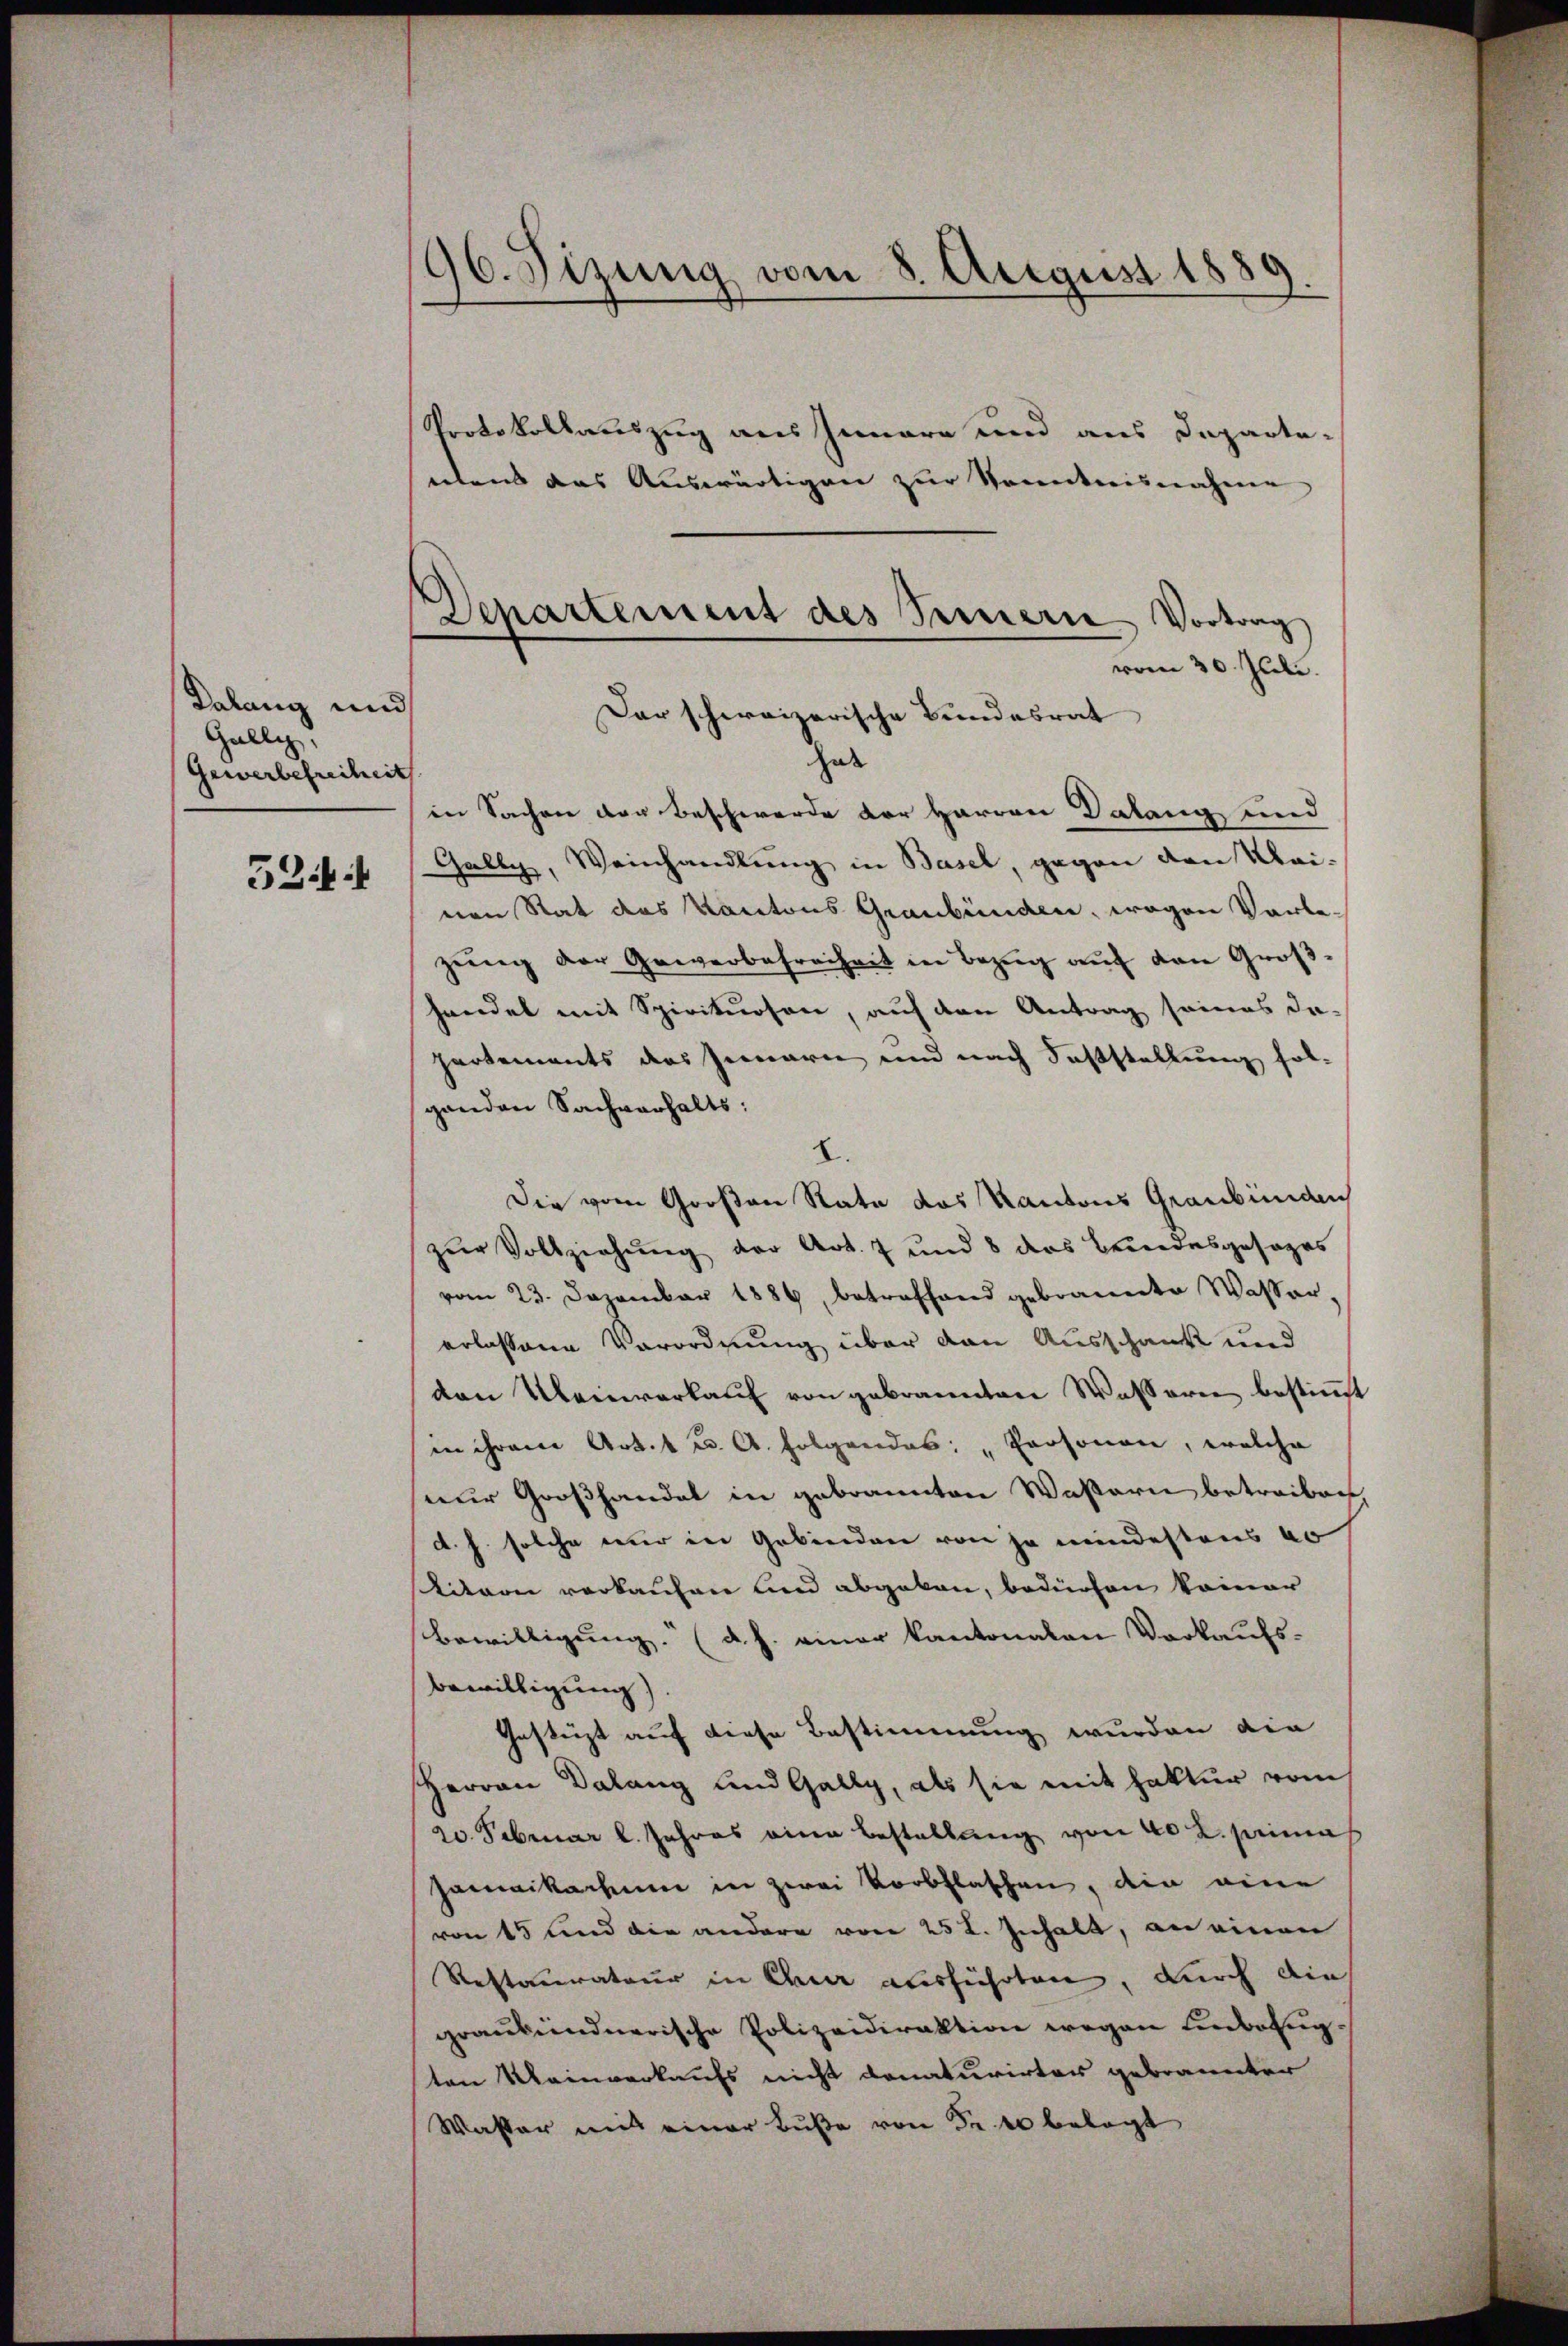
Kalang und
Galli
Gewerbefreiheit
52

96. Sizung vom 8. August 1889

Protokollauszug aus Innere und aus Departe-
eitens das Auswärtigen zur Sonntnisnahme
hat
in Sachen den Beschwerde der Herren Dalang und
Gally, Weinhandlung in Basel, gegen den Kainen Rat das Kantons Graubünden, wegen Vorbe-
zŭng der Gewerbefreiheit in Bezŭg aŭf den Groß-
handel mit Spirituosen, auf den Antrag seines da-
partements das Jennern und nach Feststellung folganden Sachverhalts:
E
Die vom Großen Rate das Kantons Graubünden
zur Vollziehung der Art. 7 und 8 das Beindesgesages
vom 23. Dezember 1886, betreffend gebrannte Wasser-
erlassene Verordnung über den Ausschank und
den Meinverkaŭf von gebrannten Wassern bestimmt
in ihrem Art. u. A. Folgendes: „Personen, welche
nur Großhandel in gebrannten Wassern betreiben,
d. h. solche nur in Gebinden von je mindestens 60
stition verkaufen und abgeben, bedürfen keiner
Bewilligung. (d. h. einer kantonalen Vorkaufs-
Bewilligung).
Gestürzt auf diese Bestimmung wurden die
Herren Dalang und Gally, als sie mit hatter vom
20. Februar l. Jahres eine Bestellung von 40 u. sammes
jamaikachnen in zwei Vorbflaschen, die eine
von 15 und die andere von 252. Inhalt, an einen
Restaurateur in Chur ausführten, durch die
graubündnerische Polizeidiraktion wegen Einbefugten Mainverkaufs nicht donaturirter gebrannter
Wasser mit einer Buße von Fr. 40 belegt

Departement des Innern Vortrag
vom 30. Juli.
Dar schweizerische Bundesrat